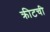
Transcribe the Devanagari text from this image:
क्रीटची